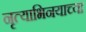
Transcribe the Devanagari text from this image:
नृत्याभिनयाच्या